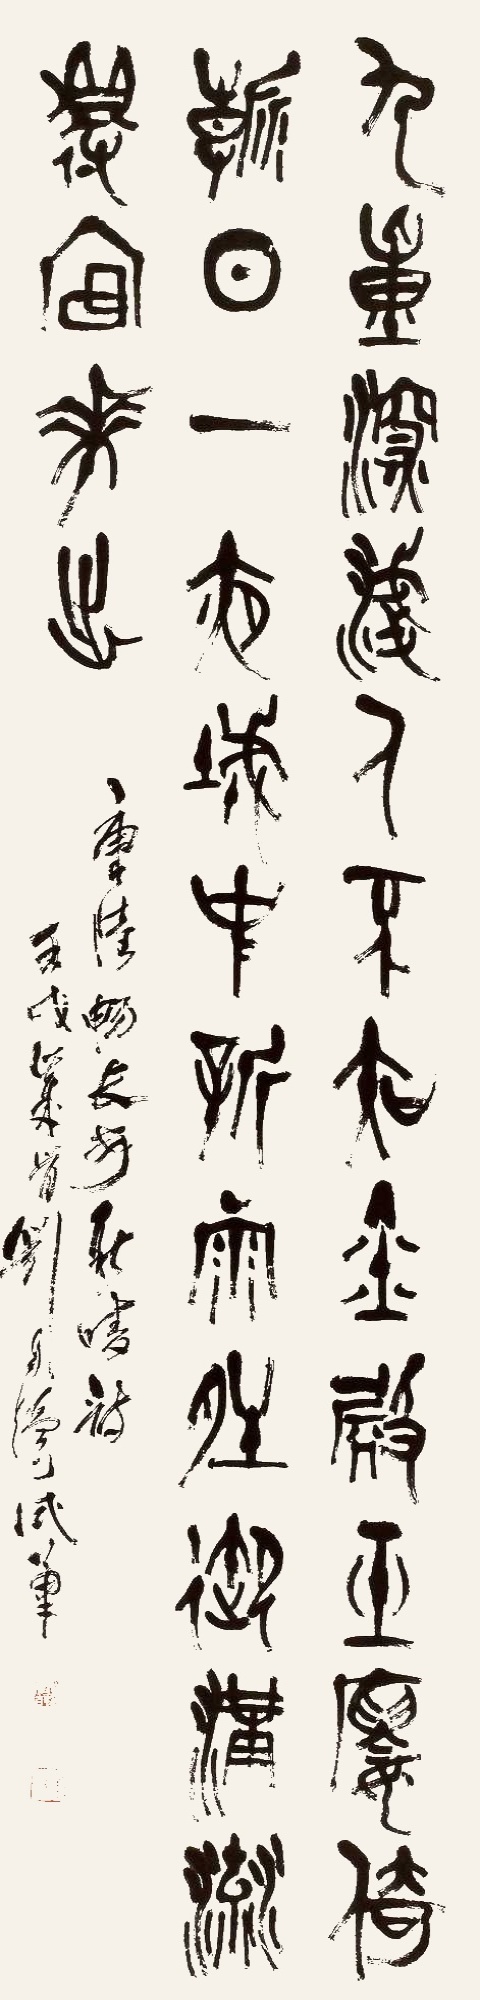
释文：九重深浅人不知，金殿玉楼倚朝日。一夜成中新雨晴，御沟流得宫花出。唐陆畅长安新晴诗，壬戌岁首刘自椟试笔。